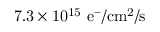
\mathrm { 7 . 3 \times 1 0 ^ { 1 5 } ~ e ^ { - } / c m ^ { 2 } / s }